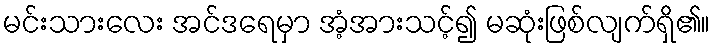
မင်းသားလေး အင်ဒရေမှာ အံ့အားသင့်၍ မဆုံးဖြစ်လျက်ရှိ၏။